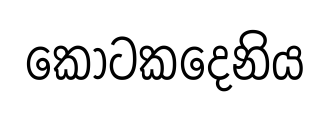
කොටකදෙනිය